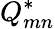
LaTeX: Q_{mn}^{*}